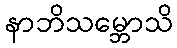
နာဘိသမ္ဘောသိ